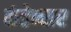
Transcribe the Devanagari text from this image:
कंडेन्सर